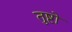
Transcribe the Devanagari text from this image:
तुष्टो